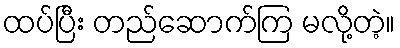
ထပ်ပြီး တည်ဆောက်ကြ မလို့တဲ့။